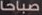
صباحا